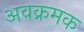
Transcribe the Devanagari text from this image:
अवक्रमक